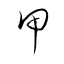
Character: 甲